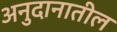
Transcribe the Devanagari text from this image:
अनुदानातील